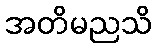
အတိမညသိ